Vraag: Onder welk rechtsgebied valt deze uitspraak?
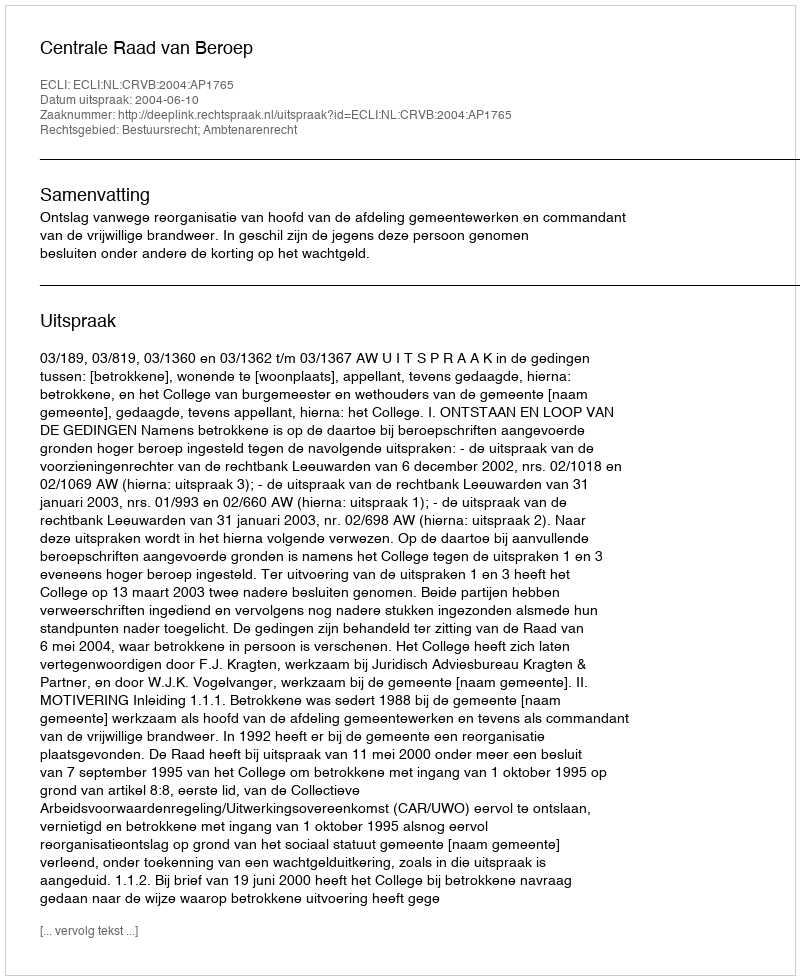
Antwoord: Bestuursrecht; Ambtenarenrecht